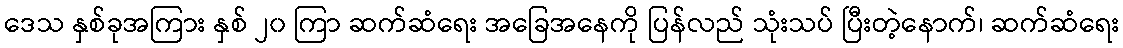
ဒေသ နှစ်ခုအကြား နှစ် ၂၀ ကြာ ဆက်ဆံရေး အခြေအနေကို ပြန်လည် သုံးသပ် ပြီးတဲ့နောက်၊ ဆက်ဆံရေး